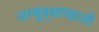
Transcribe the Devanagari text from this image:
जम्बूवृक्षाखाली